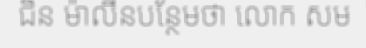
ជិន ម៉ាលីនបន្ថែមថា លោក សម